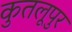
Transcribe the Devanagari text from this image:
कुतलूपुर